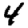
Digit: 4